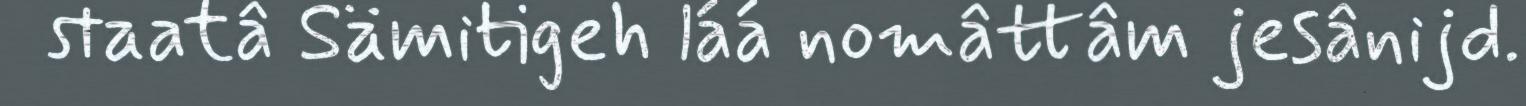
staatâ Sämitigeh láá nomâttâm jesânijd.